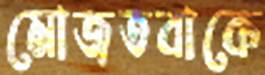
মোজতবাকে